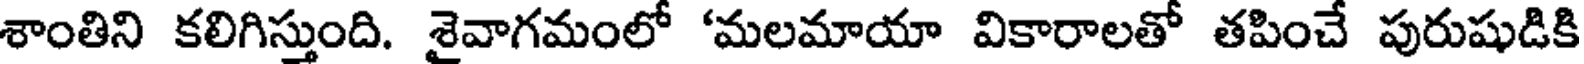
శాంతిని కలిగిస్తుంది. శైవాగమంలో 'మలమాయా వికారాలతో తపించే పురుషుడికి